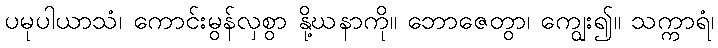
ပမုပါယာသံ၊ ကောင်းမွန်လှစွာ နို့ဃနာကို။ ဘောဇေတွာ၊ ကျွေး၍။ သက္ကာရံ၊